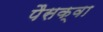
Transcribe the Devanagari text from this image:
पैसक्वा